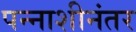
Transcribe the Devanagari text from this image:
पन्नाशीनंतर